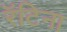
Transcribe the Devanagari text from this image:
रॅटिना